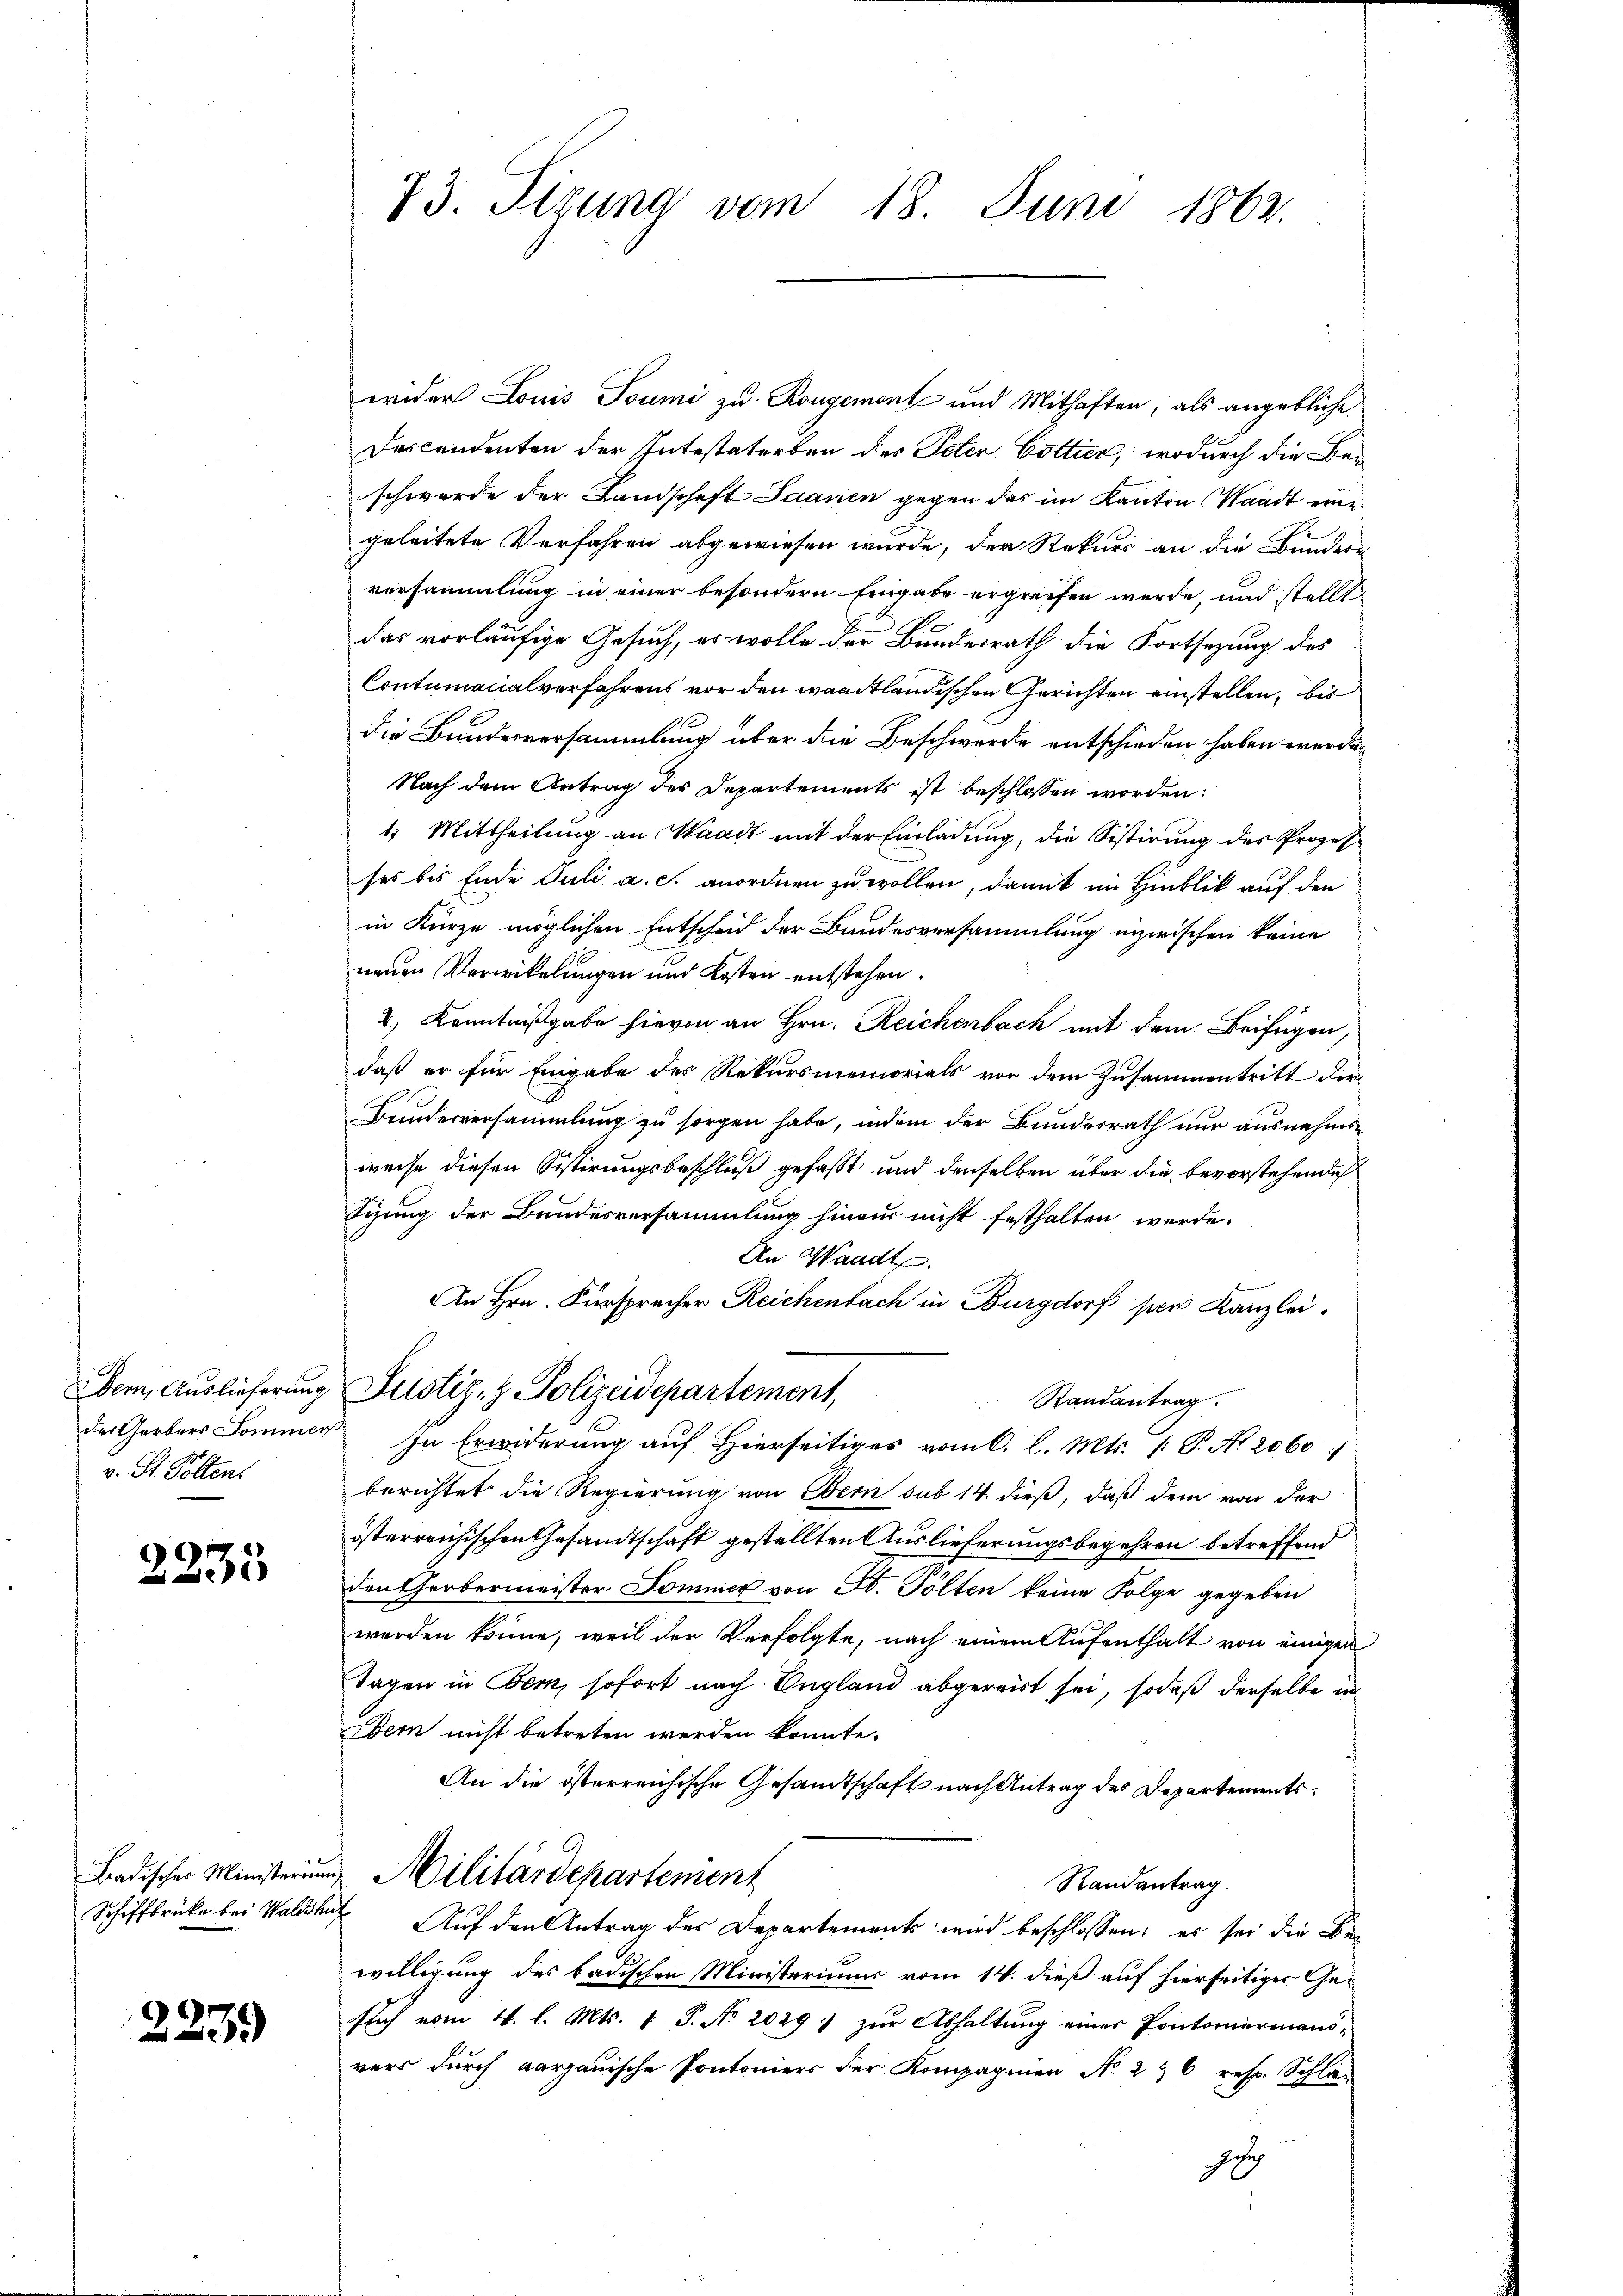
Der, Auslieferung
v. St. Polten.

2235

Badisches Ministerum
Schiffbrücke bei Waldshu

2239

73. Sizung vom 18. Juni 1862.

wider Louis Soumi zu Rongemont und Mithaften, als angebliche
Descendenten der Intestaterben des Peter Cottier, wodurch die Beschwerde der Landschaft Saanen gegen das im Kanton Waadt eine
geleitete Verfahren abgewiesen wurde, der Rekurs an die Bundere
versammlung in einer besondern Eingabe ergreifen werde, und stellt
das vorläufige Gesuch, es wolle der Bundesrath die Fortsetzung des
Contumacialverfahrens vor den waadtländischen Gerichten einstellen, bis
die Bundesversammlung über die Beschwerde entschieden haben werde.
Nach dem Antrag des Departements ist beschlossen worden:
1. Mittheilung an Waadt mit der Einladung, die Sistirung des Prozesses bis Ende Juli a. c. anordnen zu wollen, damit im Hinblik auf den
in Kürze möglichen Entscheid der Bundesversammlung eizwischen keine
neuen Verwickelungen und Kosten entstehen.
2.) Kenntnißgabe hievon an Hrn. Reichenbach mit dem Beifügen,
daß er für Eingabe des Rekursmemorials vor dem Zusammentritt der
Bundesversammlung zu sorgen habe, indem der Bundesrath nur ausnahmsweise diesen Sistirungsbeschluß gefaßt und denselben über die bevorstehende
Sizung der Bundesversammlung hinaus nicht festhalten werde.
An Waadt.
An Hrn. Fürsprecher Reichenbach in Burgdorf per Kanzlei.
Justiz- & Polizeidepartement
Randantrag.
des Gerbers Sommen In Erwiderung auf Hierseitiges vom 6. l. Mts. (: P. No. 2060
berichtet die Regierung von Obern sub 14. dieß, daß dem von der
österreichischen Gesandtschaft gestellten Auslieferungsbegehren betreffend
den Gerbermeister Sommer von F. Pölten keine Folge gegeben
werden könne, weil der Verfolgte, nach einem Aufenthalt von einigen
Tagen in Bern, sofort nach England abgereist sei, sodaß derselbe in
Wem nicht betreten werden könnte.
An die österreichische Gesandtschaft nach Antrag des Departements¬
u Militärdepartement
Randantrag.
 Auf den Antrag des Departements wird beschlossen: es sei die Ber
willigung des badischen Ministeriums vom 14. dieß auf hierseitiger Geslich vom 4. l. Mts. 1. P. Nr. 2029, zur Abhaltung einer Pontoriermani-
vers durch Aargauische Pontoniers der Kompagnien No 2 & 6 resp. Schla-
i